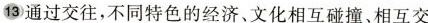
13 通过交往，不同特色的经济、文化相互碰撞、相互交